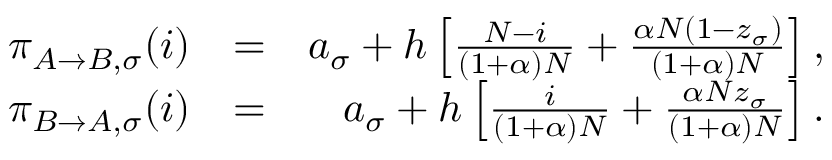
\begin{array} { r l r } { \pi _ { A \to B , \sigma } ( i ) } & { = } & { a _ { \sigma } + h \left[ \frac { N - i } { ( 1 + \alpha ) N } + \frac { \alpha N ( 1 - z _ { \sigma } ) } { ( 1 + \alpha ) N } \right] , } \\ { \pi _ { B \to A , \sigma } ( i ) } & { = } & { a _ { \sigma } + h \left[ \frac { i } { ( 1 + \alpha ) N } + \frac { \alpha N z _ { \sigma } } { ( 1 + \alpha ) N } \right] . } \end{array}